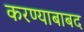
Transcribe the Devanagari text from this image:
करण्याबाबद